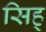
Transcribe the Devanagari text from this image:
सिह्